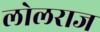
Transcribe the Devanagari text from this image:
लोलराज